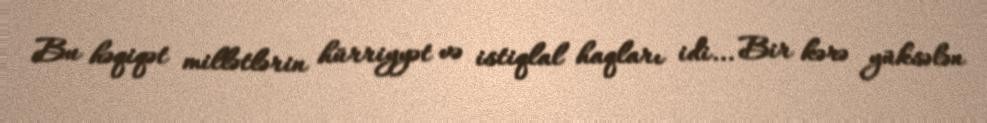
Bu həqiqət millətlərin hürriyyət və istiqlal haqları idi... Bir kərə yüksələn